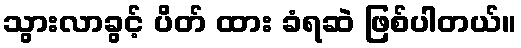
သွားလာခွင့် ပိတ် ထား ခံရဆဲ ဖြစ်ပါတယ်။